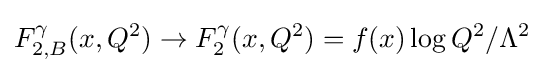
F_{2,B}^{\gamma }(x,Q^{2})\rightarrow F_{2}^{\gamma }(x,Q^{2})=f(x)\log {Q^{2}/\Lambda ^{2}}